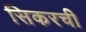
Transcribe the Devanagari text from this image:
सिकरची